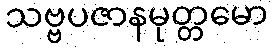
သဗ္ဗပဇာနမုတ္တမော